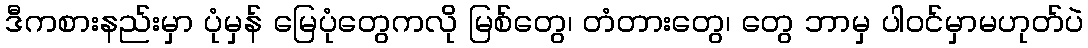
ဒီကစားနည်းမှာ ပုံမှန် မြေပုံတွေကလို မြစ်တွေ၊ တံတားတွေ၊ တွေ ဘာမှ ပါဝင်မှာမဟုတ်ပဲ